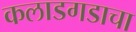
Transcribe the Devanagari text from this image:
कलाडगडाचा